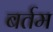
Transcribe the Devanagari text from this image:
बर्तम